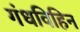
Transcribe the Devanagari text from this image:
गंधविहिन